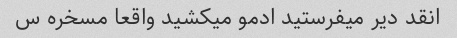
انقد دیر میفرستید ادمو میکشید واقعا مسخره س